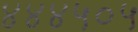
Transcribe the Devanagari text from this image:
४४४५०५